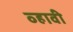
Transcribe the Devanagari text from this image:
व्‍हावी